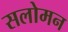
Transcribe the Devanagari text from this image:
सलोमन